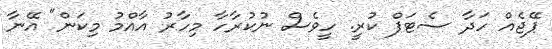
ޕޭޖެއް ހަދާ ސެޓަޕް ކުރީ. ހީވެސް ނުކުރާހާ މިހާރު އާއްމު މިކަން" އޭނާ